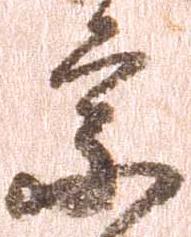
宗